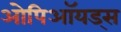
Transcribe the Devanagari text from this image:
ओपिऑयड्स